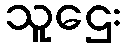
သူဌေး